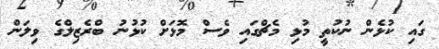
ގައި ކުޅެން ނުކުތީ މުޅި މެޗްގައި ވެސް މޮޅަށް ކުޅުނު ބްރެޒިލްގެ ވިލަން